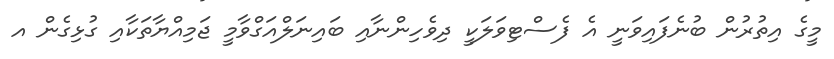
މީގެ އިތުރުން ބުނެފައިވަނީ އެ ފެސްޓިވަލަކީ ދިވެހިންނާއި ބައިނަލްއަގްވާމީ ޖަމިއްޔާތަކާއި ގުޅިގެން އ